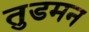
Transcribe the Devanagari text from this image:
तुडमन